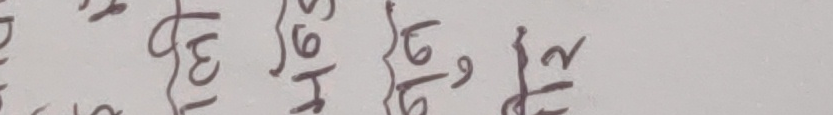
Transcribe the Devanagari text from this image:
√३, १६/५, ६/८, १२